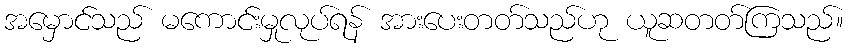
အမှောင်သည် မကောင်းမှုလုပ်ရန် အားပေးတတ်သည်ဟု ယူဆတတ်ကြသည်။